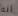
انه